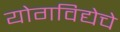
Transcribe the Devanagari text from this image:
योगविद्येचे